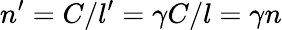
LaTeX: n^{\prime}=C/l^{\prime}=\gamma C/l=\gamma n